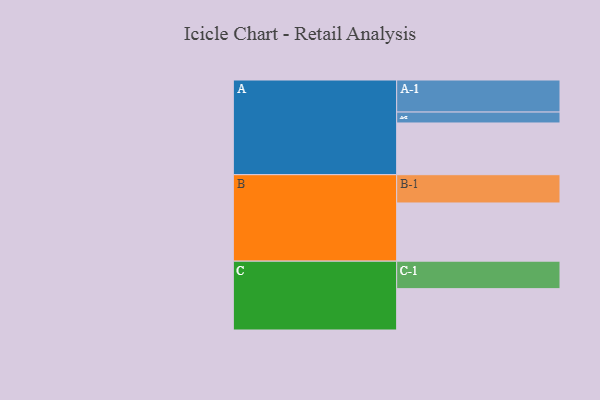
{"axis": {"x": "Segment", "y": "Value"}, "legend": ["", "A", "B", "C"], "data": [{"x": "A", "y": 384, "type": ""}, {"x": "B", "y": 432, "type": ""}, {"x": "C", "y": 307, "type": ""}, {"x": "A-1", "y": 238, "type": "A"}, {"x": "A-2", "y": 81, "type": "A"}, {"x": "B-1", "y": 210, "type": "B"}, {"x": "C-1", "y": 204, "type": "C"}]}